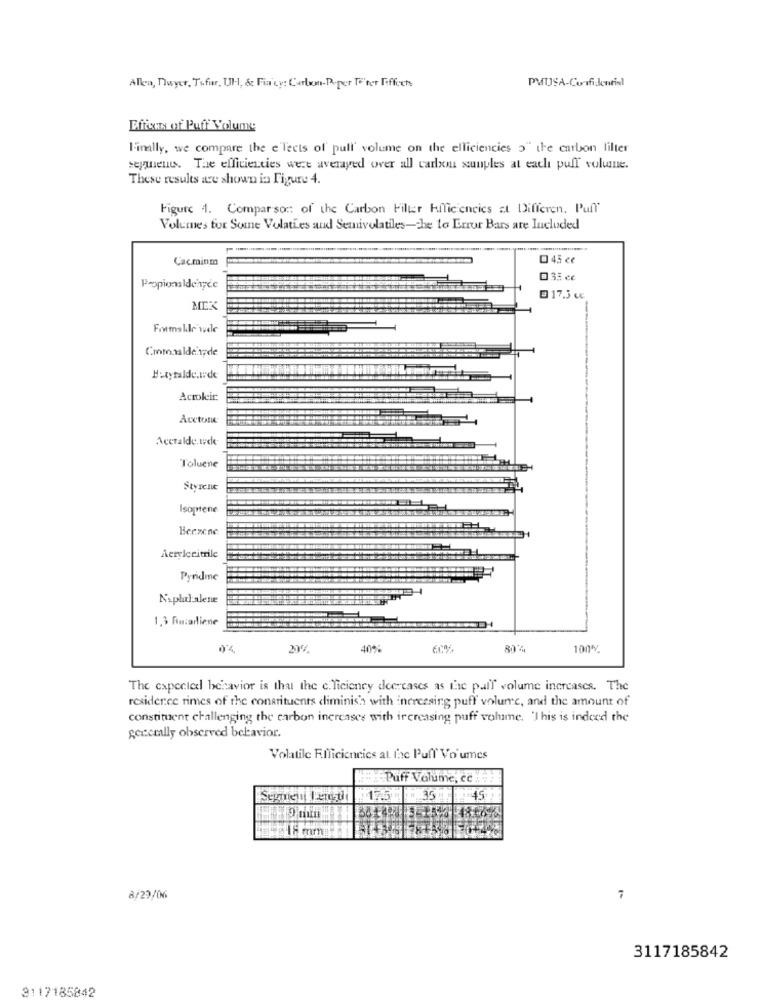
Allen, Dwyer, Tofur, Ul, &c Fia cy: Carlwm-Poper Te'ter Fiffoch
Eficcas of Puff Volume
Finally, we compare the e'lects of pull' volume on the elliciencies o" the carbon filter
segments. The efficiencies were averaged over all carloni xunples at each puff volune.
These results are shown in Figure 4.
Figure 1. Comparso of the Carbon Filter Efficiencies at Differen. Pul"
Volumes for Some Volaties and Semivolatiles-che to Error Bars are Included
Cacminm
0 45 cc
035 cc
Propionaldonyce
017.3€c
Formalde wele
Hutyralde.i.de
Acmoleir
Acetone
Acetalde.wde
Toluene
Styrene
Isoptene
Berzene
Acrylcritrile
Pyridme
Naplulalene
1,3 Biniadliene
40%
100%
The expected behavior is that the c. Ticiency decreases as the pull volume increases. The
residence rimes of the constituents diminish with increasing puff volume, and the amount of
constituent challenging the carbon increases with increasing puff volume, 'I his is indeed the
generally observed behavior.
Volatile Efficiencies at The Puff Vo umes
:Puff Volume, ce
175 3545
8/29/06
7
3117185842
3117185842